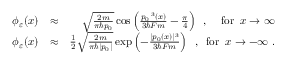
\begin{array} { r l r } { \phi _ { \varepsilon } ( x ) } & { \approx } & { \sqrt { \frac { 2 m } { \pi \hbar p _ { 0 } } } \cos \left( \frac { p _ { 0 } \, ^ { 3 } ( x ) } { 3 \hbar F m } - \frac { \pi } { 4 } \right) \; \; , \; \; \; \; \mathrm { f o r } \; \; x \to \infty } \\ { \phi _ { \varepsilon } ( x ) } & { \approx } & { \frac { 1 } { 2 } \sqrt { \frac { 2 m } { \pi \hbar | p _ { 0 } | } } \exp \left( - \frac { | p _ { 0 } ( x ) | ^ { 3 } } { 3 \hbar F m } \right) \; \; , \; \; \mathrm { f o r } \; \; x \to - \infty \; . } \end{array}